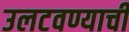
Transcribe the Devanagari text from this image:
उलटवण्याची